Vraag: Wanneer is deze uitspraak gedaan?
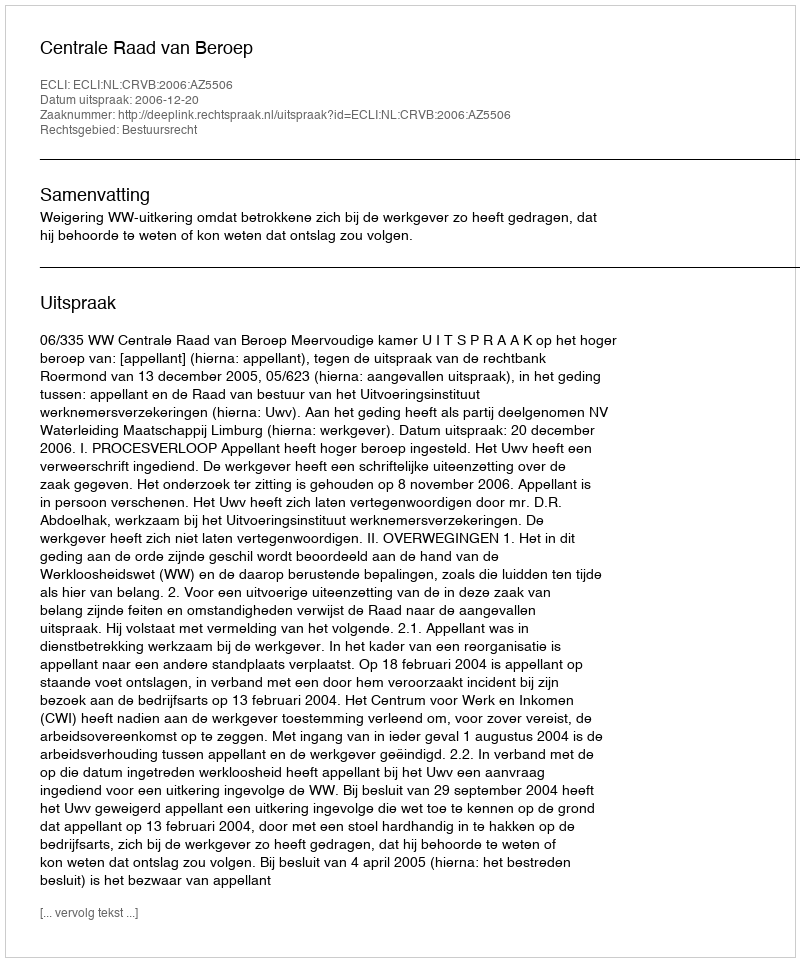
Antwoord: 2006-12-20